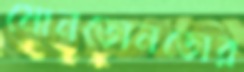
মোনডোনডোর